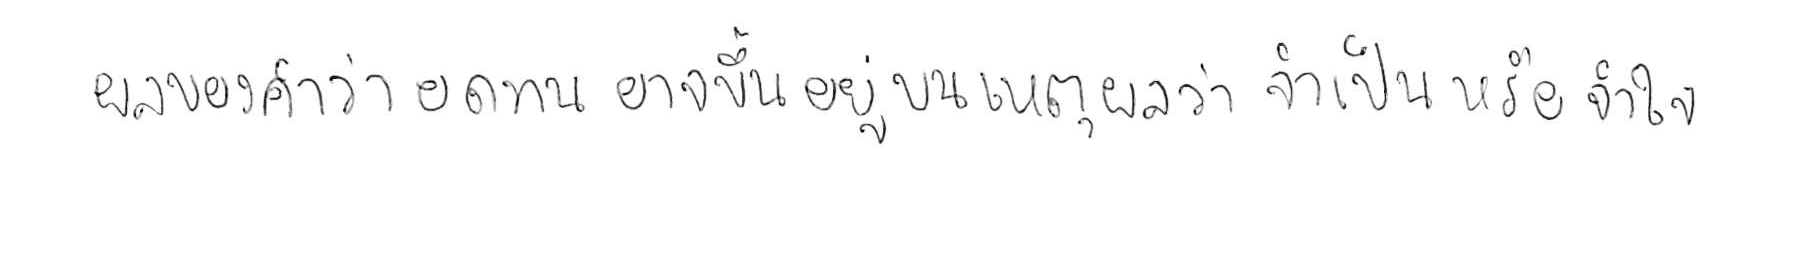
ผลของคำว่า อดทน อาจขึ้นอยู่บนเหตุผลว่า จำเป็น หรือ จำใจ